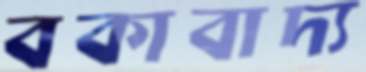
বকাবাদ্য